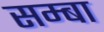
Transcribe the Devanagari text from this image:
सम्बा